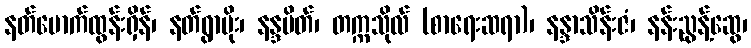
နတ်မောက်ထွန်းရှိန်၊ နတ်ရွာမိုး၊ နန္ဒမိတ်၊ တက္ကသိုလ် (စာရေးဆရာ)၊ နန္ဒာသိန်းဇံ၊ နန်းညွန့်ဆွေ၊